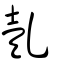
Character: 亄